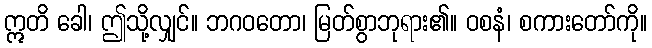
ဣတိ ခေါ၊ ဤသို့လျှင်။ ဘဂဝတော၊ မြတ်စွာဘုရား၏။ ဝစနံ၊ စကားတော်ကို။